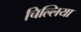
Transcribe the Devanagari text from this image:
चिल्लिया